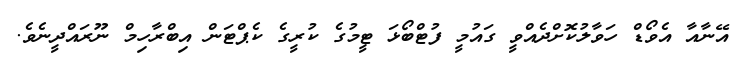
އޭނާއާ އެވޯޑް ހަވާލުކޮށްދެއްވީ ގައުމީ ފުޓްބޯޅަ ޓީމުގެ ކުރީގެ ކެޕްޓަން އިބްރާހިމް ނޫރައްދީނެވެ.